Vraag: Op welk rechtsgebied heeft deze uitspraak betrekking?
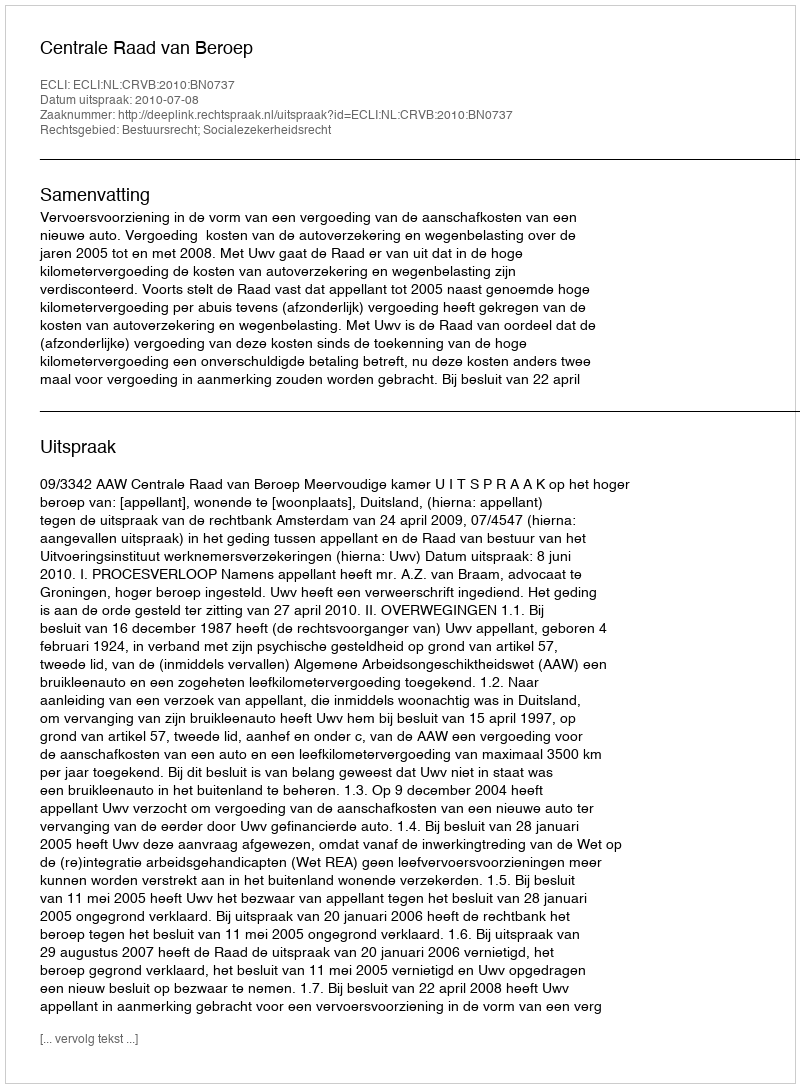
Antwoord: Bestuursrecht; Socialezekerheidsrecht